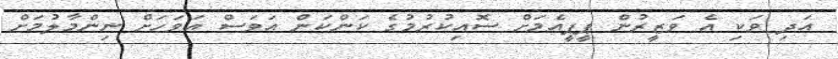
އަދި ވަކި އެ ވަޒީރުން ޕީޕީއެމަށް ސޮއިކުރުމުގެ ކަންކަން އަވަސް އަވަހަށް ނިންމާލުމަށް